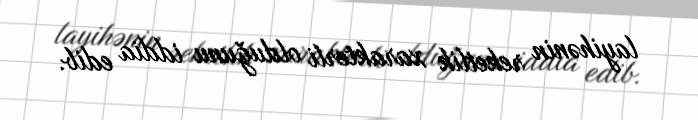
layihənin reketlik xarakterli olduğunu iddia edib.